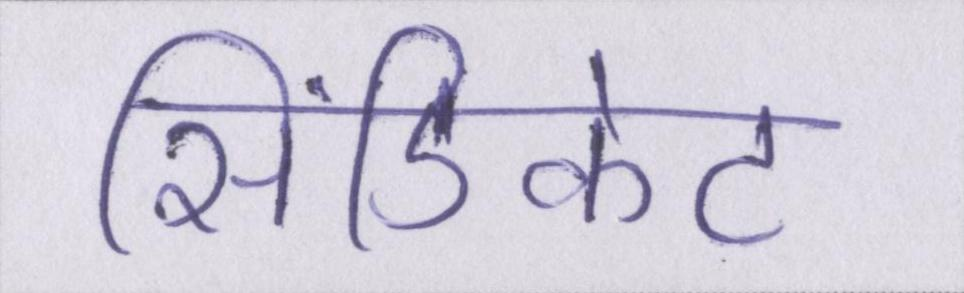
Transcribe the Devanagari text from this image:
सिंडिकेट